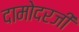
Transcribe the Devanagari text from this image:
दामोदरजी